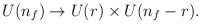
\begin{align*}U(n_f) \to U(r) \times U(n_f-r). \end{align*}